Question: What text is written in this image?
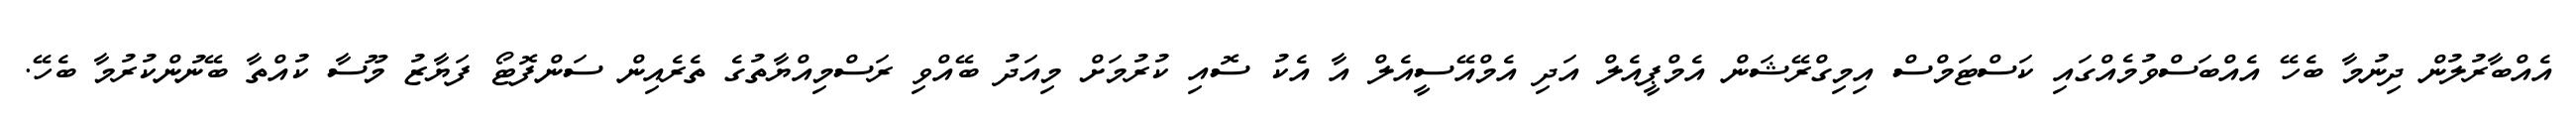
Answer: އެއްބާރުލުން ދިނުމާ ބެހޭ އެއްބަސްވުމެއްގައި ކަސްޓަމްސް އިމިގްރޭޝަން އެމްޕީއެލް އަދި އެމްއޭސީއެލް އާ އެކު ސޮއި ކުރުމަށް މިއަދު ބޭއްވި ރަސްމިއްޔާތުގެ ތެރެއިން ސަންފޮޓޯ ފަޔާޒު މޫސާ ކުއްތާ ބޭނުންކުރުމާ ބެހޭ.